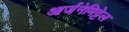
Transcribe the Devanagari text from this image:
आर्जनेमिट्टेल